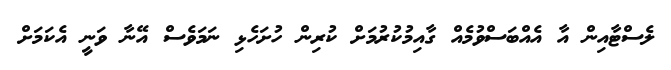
ލެސްޓާއިން އާ އެއްބަސްވުމެއް ގާއިމުކުރުމަށް ކުރިން ހުށަހެޅި ނަމަވެސް އޭނާ ވަނީ އެކަމަށް